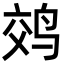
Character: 䴔